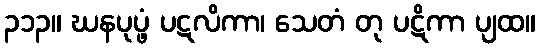
၃၁၃။ ဃနပုပ္ဖံ ပဋလိကာ၊ သေတံ တု ပဋိကာ ပျထ။